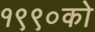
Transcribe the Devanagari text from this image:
१९९०को